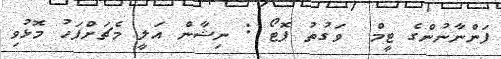
ފަންނާނުންގެ ޓީމް  ވަގުތު ފޮޓޯ : ނިޝާން އަލީ މެޗަށްފަހު މޮޅުވި